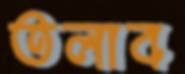
তলাব